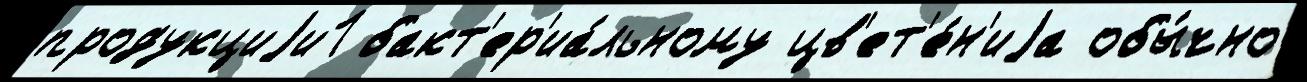
продукциjи1 бакт'ер'иа́льному цв'ет'е́н'иjа обы́чно